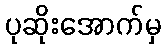
ပုဆိုးအောက်မှ